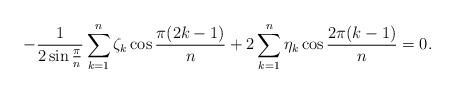
LaTeX: \begin{align*} -\frac{1}{2 \sin \frac{\pi}{n}}\sum \limits _{k=1}^{n} \zeta _k \cos \frac{\pi(2k-1)}{n}+2\sum \limits _{k=1}^{n} \eta_k \cos \frac{2 \pi (k-1)}{n}=0.\end{align*}